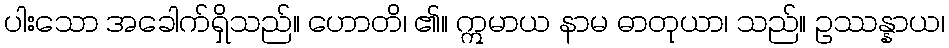
ပါးသော အခေါက်ရှိသည်။ ဟောတိ၊ ၏။ ဣမာယ နာမ ဓာတုယာ၊ သည်။ ဥဿန္နာယ၊